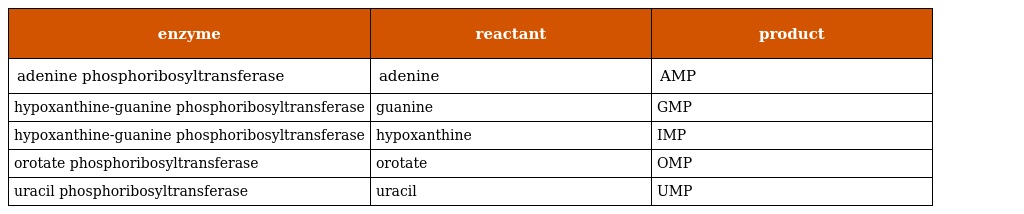
| enzyme | reactant | product |
 | --- | --- | --- |
 | adenine phosphoribosyltransferase | adenine | AMP |
 | hypoxanthine-guanine phosphoribosyltransferase | guanine | GMP |
 | hypoxanthine-guanine phosphoribosyltransferase | hypoxanthine | IMP |
 | orotate phosphoribosyltransferase | orotate | OMP |
 | uracil phosphoribosyltransferase | uracil | UMP |